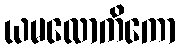
ယမလောကိကော